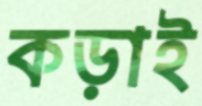
কড়াই